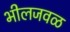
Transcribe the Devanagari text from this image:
भीलजवळ